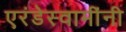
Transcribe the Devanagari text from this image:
एरंडेस्वामींनी